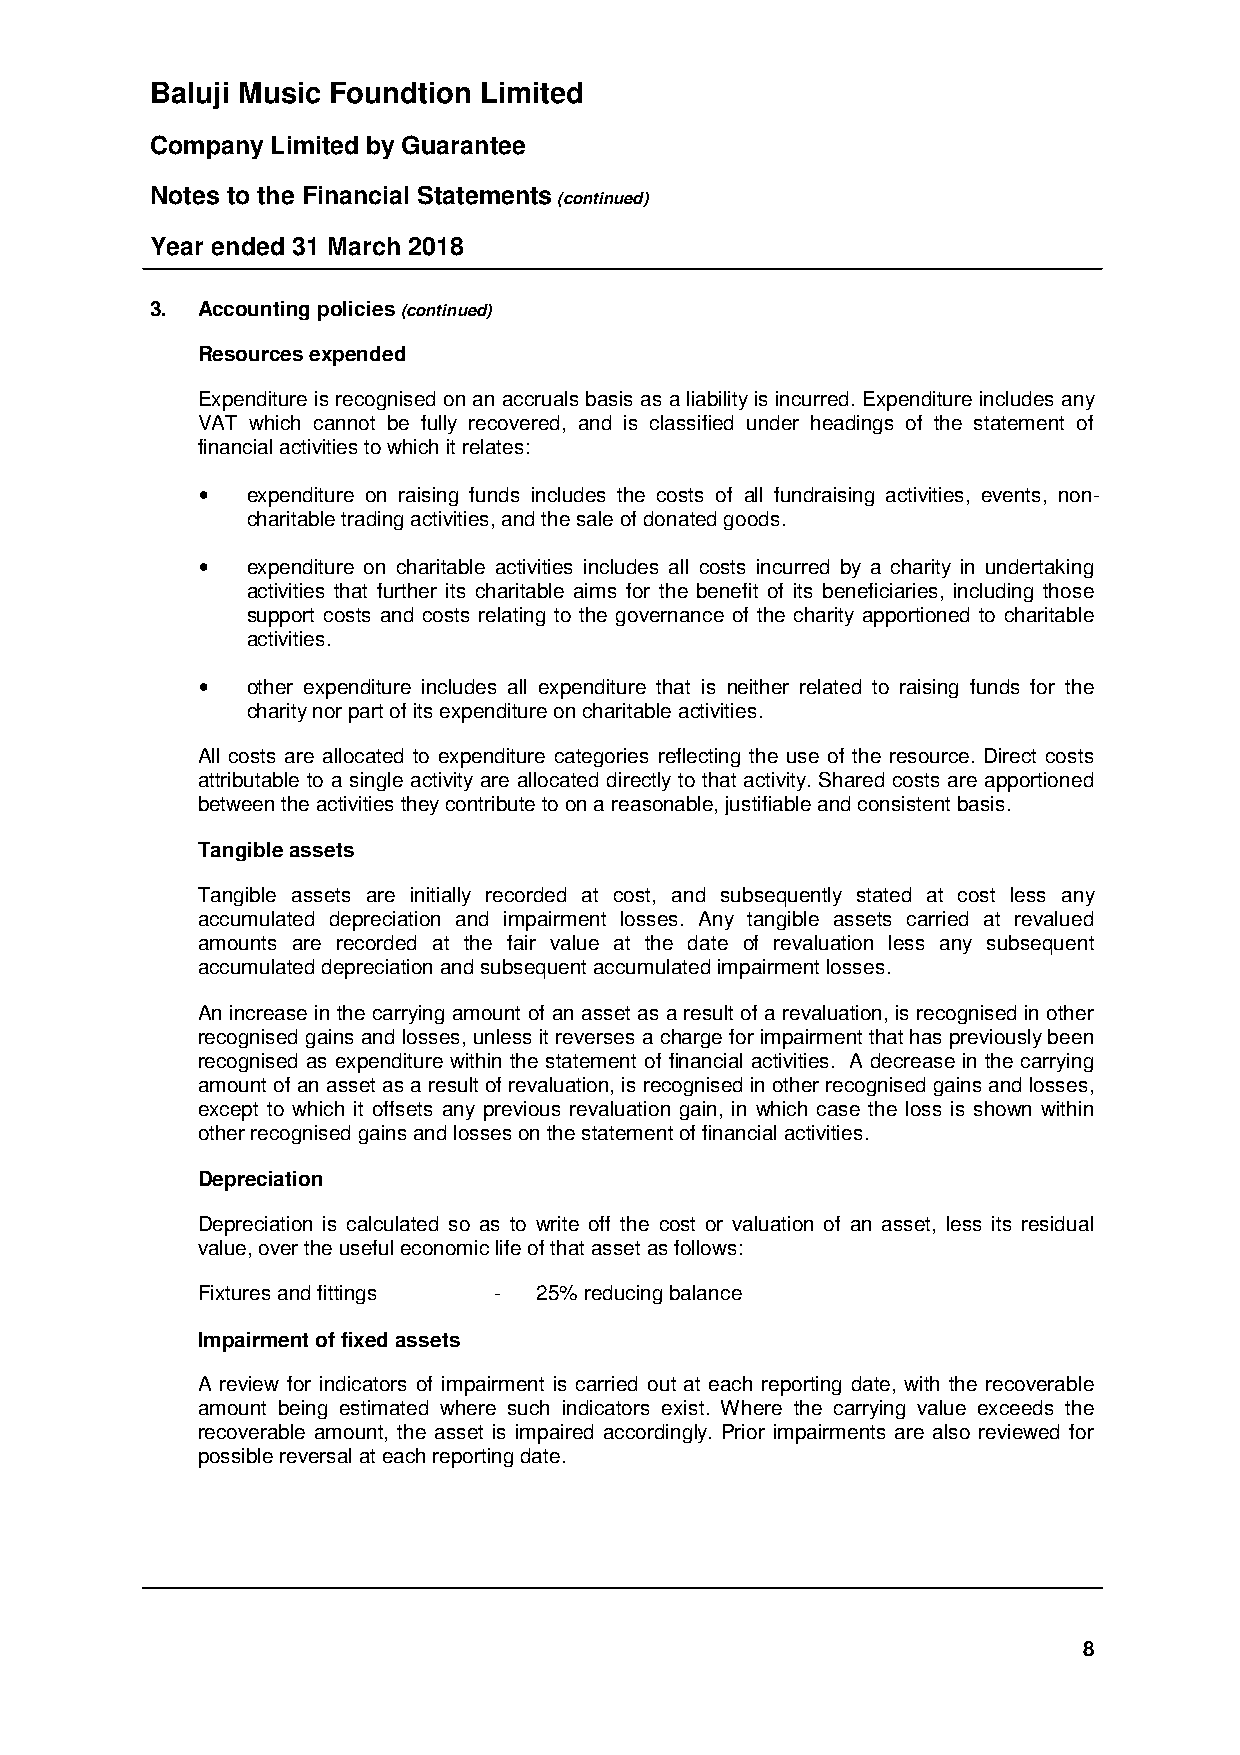
Baluji Music Foundtion Limited
 Company Limited by Guarantee
 Notes to the Financial Statements (continued)
 Year ended 31 March 2018
 3. Accounting policies (continued)
 Resources expended
 Expenditure is recognised on an accruals basis as a liability is incurred. Expenditure includes any
 VAT which cannot be fully recovered, and is classified under headings of the statement of
 financial activities to which it relates:
 •  expenditure on raising funds includes the costs of all fundraising activities, events, non-
 charitable trading activities, and the sale of donated goods.
 •  expenditure on charitable activities includes all costs incurred by a charity in undertaking
 activities that further its charitable aims for the benefit of its beneficiaries, including those
 support costs and costs relating to the governance of the charity apportioned to charitable
 activities.
 •  other expenditure includes all expenditure that is neither related to raising funds for the
 charity nor part of its expenditure on charitable activities.
 All costs are allocated to expenditure categories reflecting the use of the resource. Direct costs
 attributable to a single activity are allocated directly to that activity. Shared costs are apportioned
 between the activities they contribute to on a reasonable, justifiable and consistent basis.
 Tangible assets
 Tangible assets are initially recorded at cost, and subsequently stated at cost less any
 accumulated depreciation and impairment losses. Any tangible assets carried at revalued
 amounts are recorded at the fair value at the date of revaluation less any subsequent
 accumulated depreciation and subsequent accumulated impairment losses.
 An increase in the carrying amount of an asset as a result of a revaluation, is recognised in other
 recognised gains and losses, unless it reverses a charge for impairment that has previously been
 recognised as expenditure within the statement of financial activities. A decrease in the carrying
 amount of an asset as a result of revaluation, is recognised in other recognised gains and losses,
 except to which it offsets any previous revaluation gain, in which case the loss is shown within
 other recognised gains and losses on the statement of financial activities.
 Depreciation
 Depreciation is calculated so as to write off the cost or valuation of an asset, less its residual
 value, over the useful economic life of that asset as follows:
 Fixtures and fittings - 25% reducing balance
 Impairment of fixed assets
 A review for indicators of impairment is carried out at each reporting date, with the recoverable
 amount being estimated where such indicators exist. Where the carrying value exceeds the
 recoverable amount, the asset is impaired accordingly. Prior impairments are also reviewed for
 possible reversal at each reporting date.
 8